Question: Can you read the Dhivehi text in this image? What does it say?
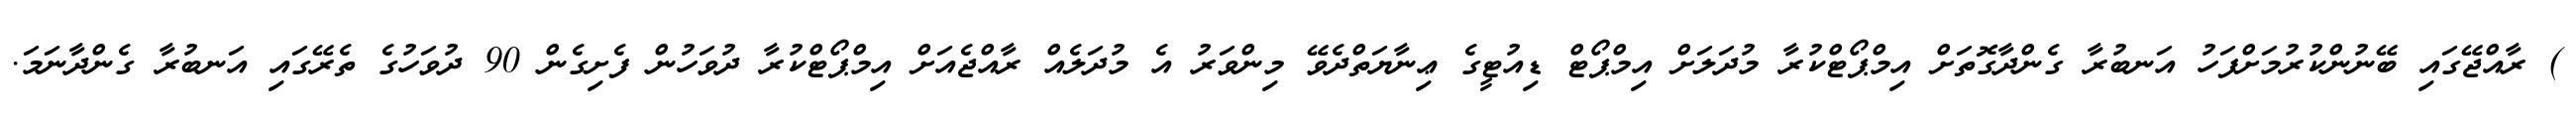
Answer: ) ރާއްޖޭގައި ބޭނުންކުރުމަށްފަހު އަނބުރާ ގެންދާގޮތަށް އިމްޕޯޓްކުރާ މުދަލަށް އިމްޕޯޓް ޑިއުޓީގެ ޢިނާޔަތްދެވޭ މިންވަރު އެ މުދަލެއް ރާއްޖެއަށް އިމްޕޯޓްކުރާ ދުވަހުން ފެށިގެން 90 ދުވަހުގެ ތެރޭގައި އަނބުރާ ގެންދާނަމަ.